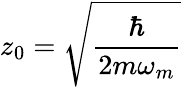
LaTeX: z_{0}=\sqrt{\frac{\hbar}{2m\omega_{m}}}